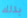
بذلك